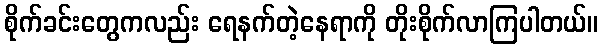
စိုက်ခင်းတွေကလည်း ရေနက်တဲ့နေရာကို တိုးစိုက်လာကြပါတယ်။